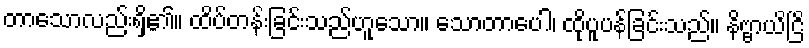
တာသောလည်းရှိ၏။ ထိပ်တန်းခြင်းသည်ဟူသော။ သောတာပေါ၊ ထိုပူပန်ခြင်းသည်။ နိဗ္ဗာယိငြိ